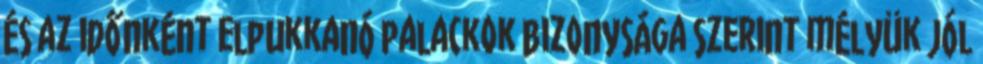
és az időnként elpukkanó palackok bizonysága szerint mélyük jól